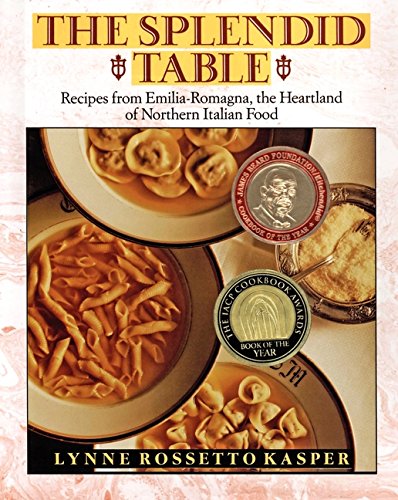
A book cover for The Splendid Table: Recipes from Emilia-Romagna, the Heartland of Northern Italian Food; Lynne Rossetto Kasper; Cookbooks, Food & Wine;